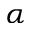
\alpha